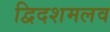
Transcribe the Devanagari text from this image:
द्विदशमलव